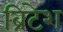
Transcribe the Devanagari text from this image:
ब्रिटेश